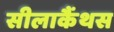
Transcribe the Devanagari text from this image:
सीलाकैंथस